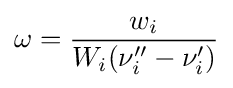
\omega ={\frac {w_{i}}{W_{i}(\nu _{i}''-\nu _{i}')}}